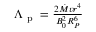
\begin{array} { r } { \Lambda _ { \mathrm { ~ p ~ } } = \frac { 2 \dot { M } v r ^ { 4 } } { B _ { 0 } ^ { 2 } R _ { P } ^ { 6 } } } \end{array}